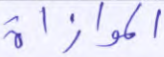
الموازاة